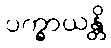
ပက္ခာယန္တိ